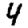
Digit: 4